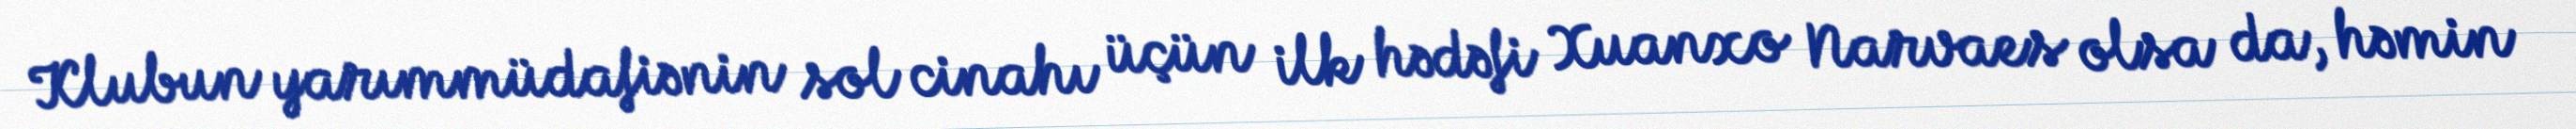
Klubun yarımmüdafiənin sol cinahı üçün ilk hədəfi Xuanxo Narvaes olsa da, həmin